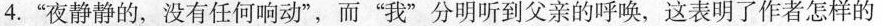
4.”夜静静的，没有任何响动”，而”我”分明听到父亲的呼唤，这表明了作者怎样的